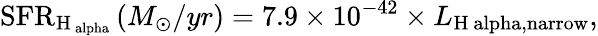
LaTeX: \mathrm{SFR}_{\mathrm{H_{\ alpha}}}\left(M_{\odot}/yr\right)=7.9\times 10^{-42}\times L_{\mathrm{H\ alpha,narrow}},